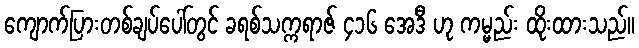
ကျောက်ပြားတစ်ချပ်ပေါ်တွင် ခရစ်သက္ကရာဇ် ၄၁၆ အေဒီ ဟု ကမ္မည်း ထိုးထားသည်။